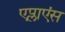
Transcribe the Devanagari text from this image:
एप्लाएंस